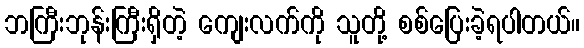
ဘကြီးဘုန်းကြီးရှိတဲ့ ကျေးလက်ကို သူတို့ စစ်ပြေးခဲ့ရပါတယ်။